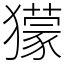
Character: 獴